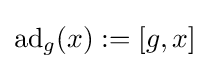
\operatorname {ad} _{g}(x):=[g,x]